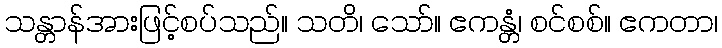
သန္တာန်အားဖြင့်စပ်သည်။ သတိ၊ သော်။ ဧကန္တံ၊ စင်စစ်။ ဧကတာ၊